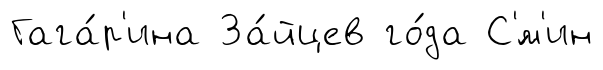
Гага́р'ина За́йцев го́да С'́м'ин